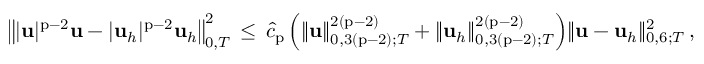
\big \| | \mathbf { u } | ^ { \mathrm { p } - 2 } \mathbf { u } - | \mathbf { u } _ { h } | ^ { \mathrm { p } - 2 } \mathbf { u } _ { h } \big \| _ { 0 , T } ^ { 2 } \, \leq \, \widehat { c } _ { \mathrm { p } } \, \Big ( \| \mathbf { u } \| _ { 0 , 3 ( \mathrm { p } - 2 ) ; T } ^ { 2 ( \mathrm { p } - 2 ) } + \| \mathbf { u } _ { h } \| _ { 0 , 3 ( \mathrm { p } - 2 ) ; T } ^ { 2 ( \mathrm { p } - 2 ) } \Big ) \| \mathbf { u } - \mathbf { u } _ { h } \| _ { 0 , 6 ; T } ^ { 2 } \, ,